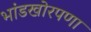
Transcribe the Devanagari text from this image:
भांडखोरपणा